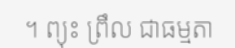
។ ព្យុះ ព្រឹល ជាធម្មតា